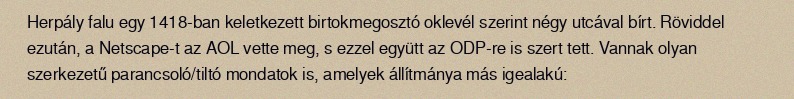
Herpály falu egy 1418-ban keletkezett birtokmegosztó oklevél szerint négy utcával bírt. Röviddel ezután, a Netscape-t az AOL vette meg, s ezzel együtt az ODP-re is szert tett. Vannak olyan szerkezetű parancsoló/tiltó mondatok is, amelyek állítmánya más igealakú: